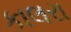
કાલરા